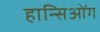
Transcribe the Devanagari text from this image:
हान्सिओंग